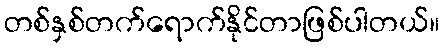
တစ်နှစ်တက်ရောက်နိုင်တာဖြစ်ပါတယ်။